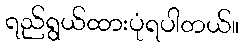
ရည်ရွယ်ထားပုံရပါတယ်။